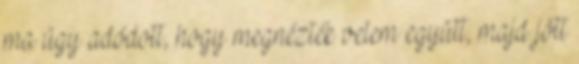
ma úgy adódott, hogy megnézték velem együtt, majd jött